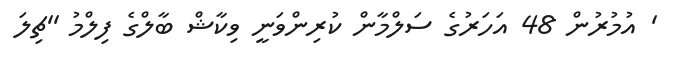
' އުމުރުން 48 އަހަރުގެ ސަލްމާން ކުރިންވަނީ ވިކާޝް ބާލްގެ ފިލްމު ''ޗިލަ